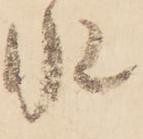
水